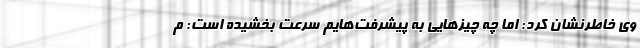
وی خاطرنشان کرد: اما چه چیزهایی به پیشرفت‌هایم سرعت بخشیده است: م